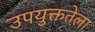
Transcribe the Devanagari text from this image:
उपयुक्ततेला